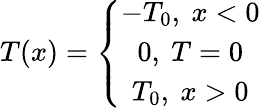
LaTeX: T(x)=\left\{ \begin{array}{ccc}{{-T_{0},\ x<0}}\\ {{0,\ T=0}}\\ {{T_{0},\ x>0}}\end{array}\right.